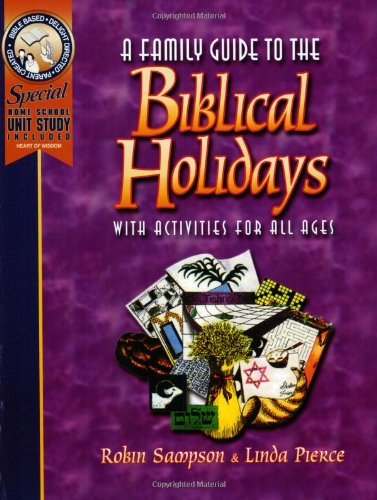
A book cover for A Family Guide to the Biblical Holidays; Robin Sampson; Christian Books & Bibles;